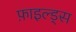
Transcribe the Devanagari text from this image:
फ़ाइल्ड्स